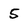
Character: 5